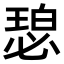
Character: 𬍾